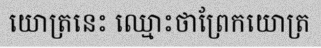
យោត្រនេះ ឈ្មោះថាព្រែកយោត្រ